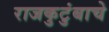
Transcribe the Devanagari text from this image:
राजकुटुंबाचे